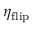
\eta _ { \mathrm { f l i p } }